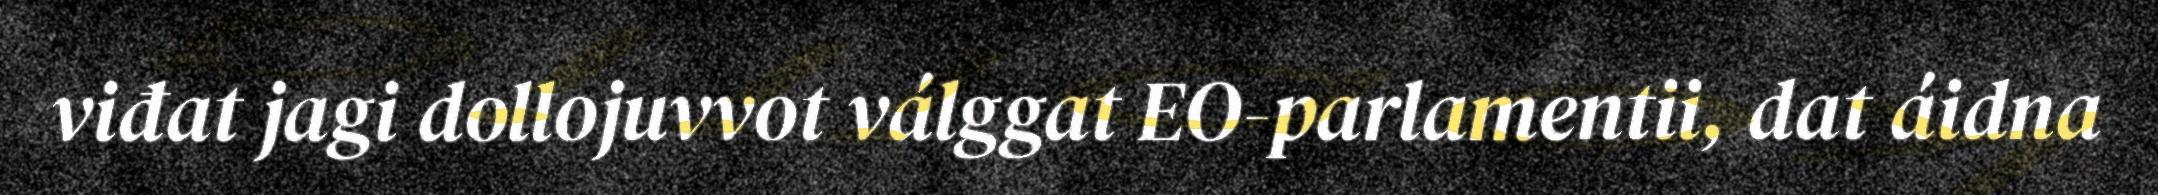
viđat jagi dollojuvvot válggat EO-parlamentii, dat áidna